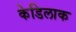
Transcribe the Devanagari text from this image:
केडिलाक